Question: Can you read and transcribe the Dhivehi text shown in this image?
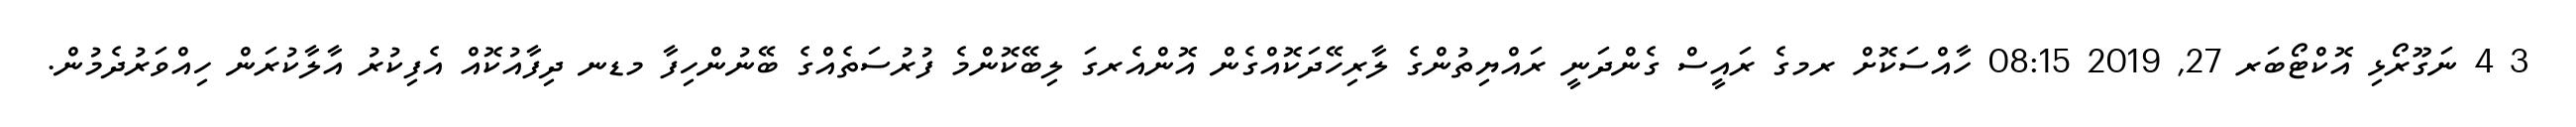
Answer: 3 4 ނަގޫރޯޅި އޮކްޓޯބަރ 27, 2019 08:15 ހާއްސަކޮށް ރމގެ ރައީސް ގެންދަނީ ރައްޔިތުންގެ ލާރިހޭދަކޮއްގެން އޮންއެރގަ ލިބޭކޮންމެ ފުރުސަތެއްގެ ބޭނުންހިފާ މޑނ ދިފާއުކޮއް އެފިކުރު އާލާކުރަން ހިއްވަރުދެމުން.